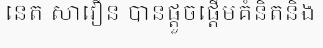
នេត សាវឿន បានផ្តួចផ្តើមគំនិតនិង